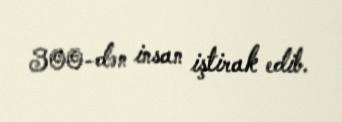
300-dən insan iştirak edib.